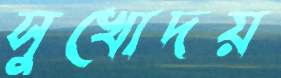
সুখোদয়